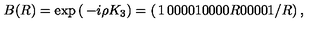
B ( R ) = \exp \left( \begin{matrix} { - i \rho K _ { 3 } } \\ \end{matrix} \right) = \left( \begin{matrix} { 1 } & { 0 } & { 0 } & { 0 } \\ { 0 } & { 1 } & { 0 } & { 0 } \\ { 0 } & { 0 } & { R } & { 0 } \\ { 0 } & { 0 } & { 0 } & { 1 / R } \\ \end{matrix} \right) ,